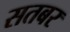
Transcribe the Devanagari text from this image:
सतबर